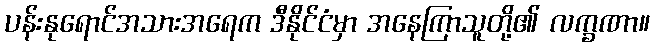
ပန်းနုရောင်အသားအရေက ဒီနိုင်ငံမှာ အနေကြာသူတို့၏ လက္ခဏာ။